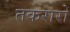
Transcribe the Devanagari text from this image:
तकरारों